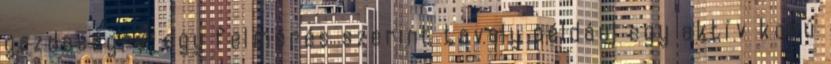
gazdaságra: egy felmérés szerint tavaly például egy aktív korú